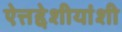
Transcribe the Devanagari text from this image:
ऐत्तद्देशीयांशी